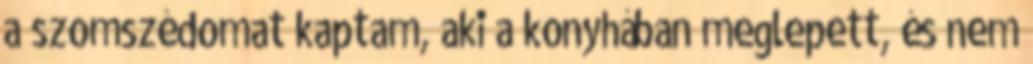
a szomszédomat kaptam, aki a konyhában meglepett, és nem